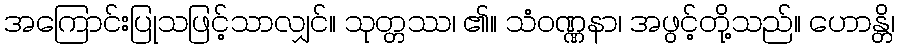
အကြောင်းပြုသဖြင့်သာလျှင်။ သုတ္တဿ၊ ၏။ သံဝဏ္ဏနာ၊ အဖွင့်တို့သည်။ ဟောန္တိ၊